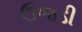
ઉજડી